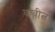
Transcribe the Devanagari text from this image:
कवीत्व